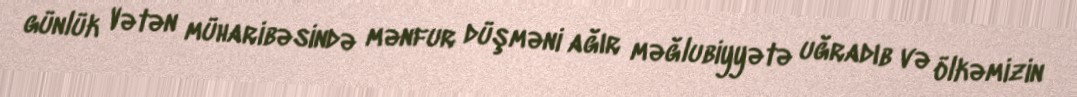
günlük Vətən müharibəsində mənfur düşməni ağır məğlubiyyətə uğradıb və ölkəmizin